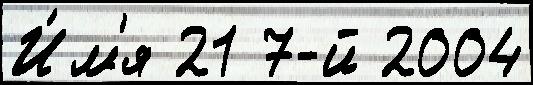
И́м'я 21 7-й 2004